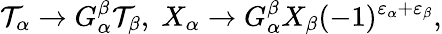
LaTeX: {\cal T}_{\alpha}\rightarrow G_{\alpha}^{\beta}{\cal T}_{\beta},\; X_{\alpha}\rightarrow G_{\alpha}^{\beta}X_{\beta}(-1)^{\varepsilon_{\alpha}+\varepsilon_{\beta}},